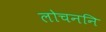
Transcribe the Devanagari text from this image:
लोचननि